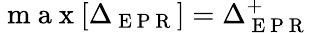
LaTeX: \mathrm{~m~a~x~}[\Delta_{\mathrm{~E~P~R~}}]=\Delta_{\mathrm{~E~P~R~}}^{+}